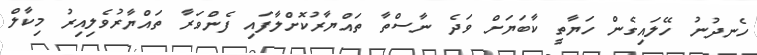
ހެނދުނު ހޭލައިގެން ހަޔާތީ ކާބަޔަށް ވަދެ ނާސްތާ ތައްޔާރުކޮށްލާފައި ފެންވަރާ ތައްޔާރުވެލިއިރު މިކާލް